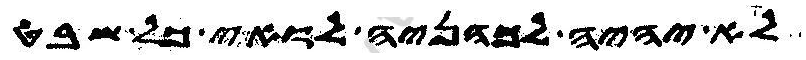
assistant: לא יהיה לכהניה לואי כל שבט